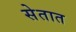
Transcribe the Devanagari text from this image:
सेतात